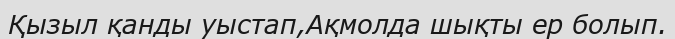
Қызыл қанды уыстап,Ақмолда шықты ер болып.